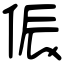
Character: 侲